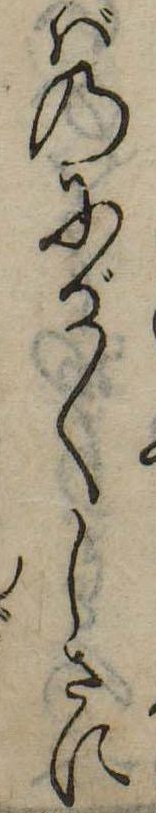
ばのにが〱しさに